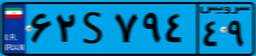
۶۲S۷۹۴۴۹